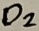
Text: D2